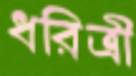
ধরিত্রী